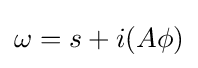
\omega =s+i(A\phi )